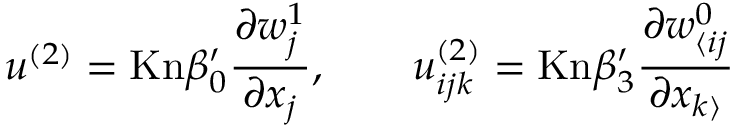
u ^ { ( 2 ) } = \mathrm { K n } \beta _ { 0 } ^ { \prime } \frac { \partial w _ { j } ^ { 1 } } { \partial x _ { j } } , \qquad u _ { i j k } ^ { ( 2 ) } = \mathrm { K n } \beta _ { 3 } ^ { \prime } \frac { \partial w _ { \langle i j } ^ { 0 } } { \partial x _ { k \rangle } }